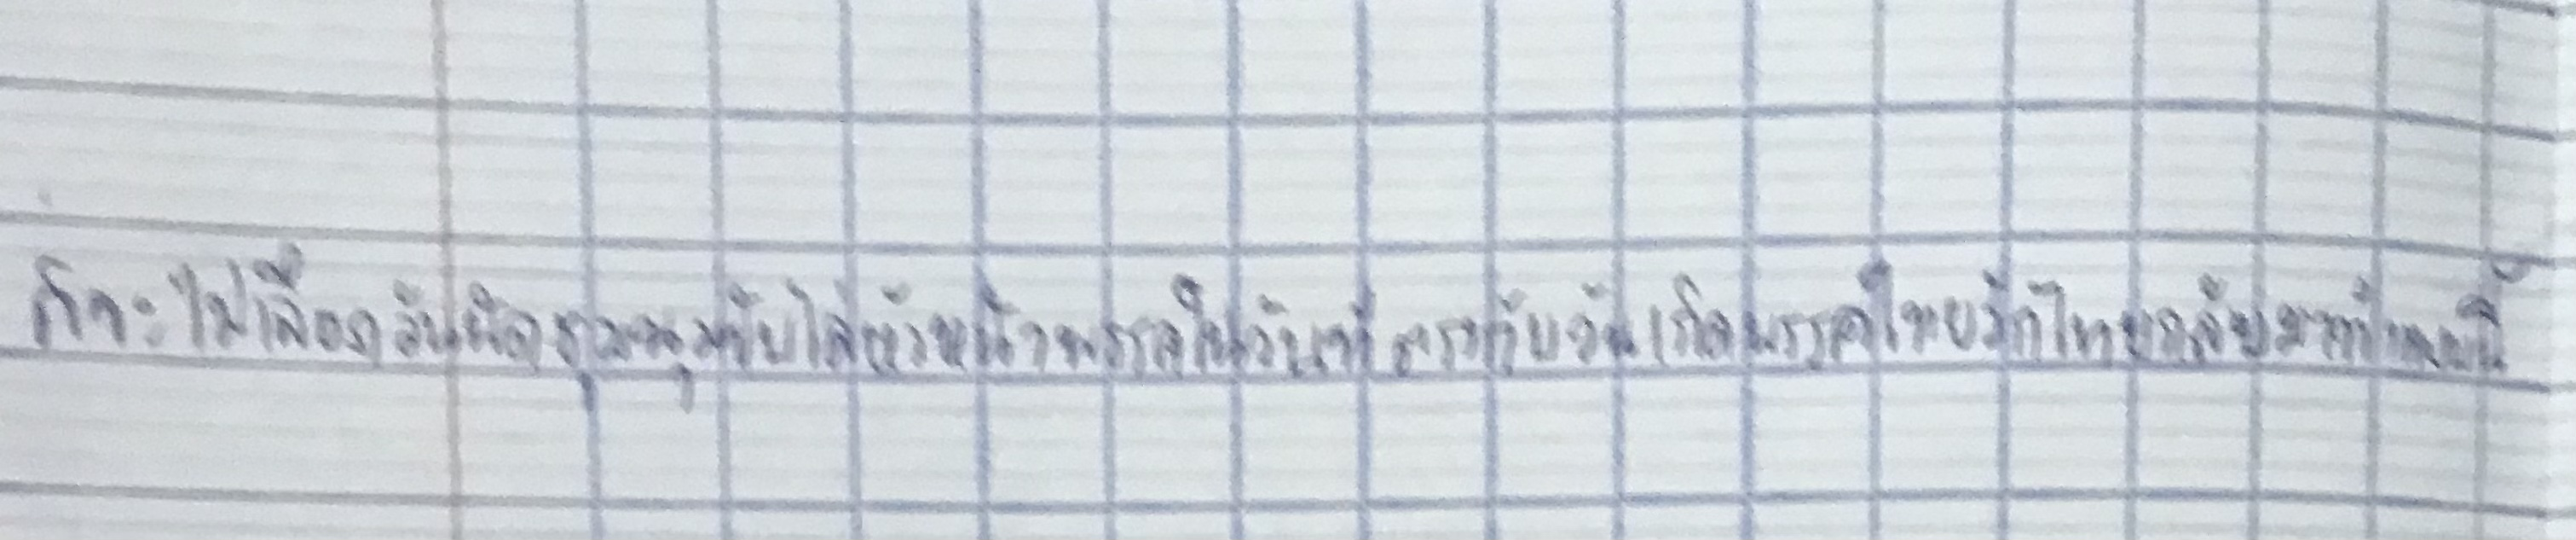
ก็จะไม่เลือกวันนัดชุมนุมขับไล่หัวหน้าพรรคในวันที่ตรงกับวันเกิดพรรคไทยรักไทยกลับมาทำแบบนี้